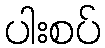
ပါးစပ်